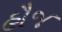
હૌજ